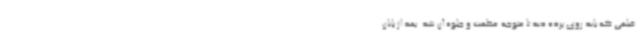
فیلمی که باید روی پرده دید تا متوجه عظمت و جلوه آن شد. بعد از پایان